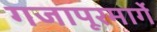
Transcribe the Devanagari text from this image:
गजापूरमार्गे